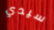
سيدي